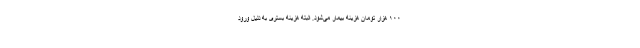
۱۰۰ هزار تومان هزینه بیمار می‌شود. البته هزینه بستری به دلیل ورود